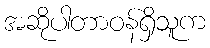
အဆိုပါတာဝန်ရှိသူက